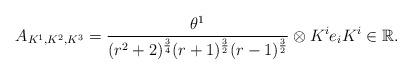
LaTeX: \begin{align*}A_{K^{1},K^{2},K^{3}}=\frac{\theta^{1}}{(r^{2}+2)^{\frac{3}{4}}(r+1)^{\frac{3}{2}}(r-1)^{\frac{3}{2}}}\otimes K^{i}e_{i}K^{i}\in\mathbb{R}.\end{align*}